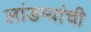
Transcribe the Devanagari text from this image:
लांडग्यांची